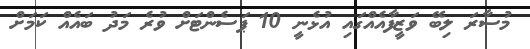
މުސާރަ ލިބޭ ވަޒީފާއެއްގައި އުޅެނީ 10 ޕަސެންޓަށް ވުރެ މަދު ބައެއް ކަމަށް